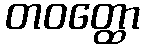
တဝတ္ထော